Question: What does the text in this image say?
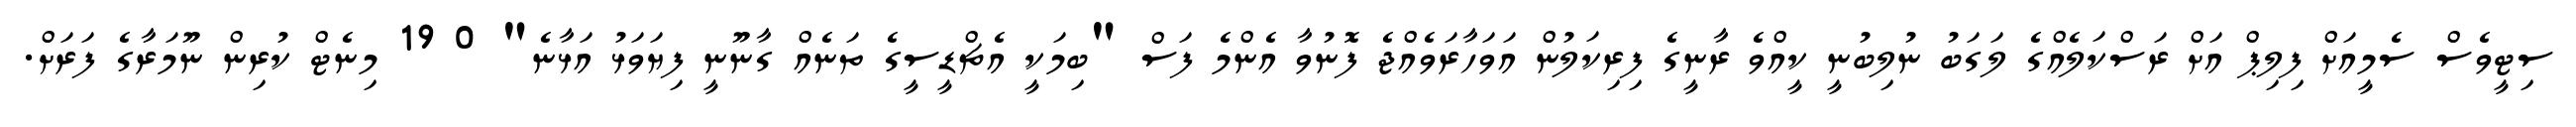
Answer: ސިޓީވެސް ސެމީއަށް ފިލިޕް އަށް ރަސްކަލެއްގެ ލަގަބު ނުލިބުނީ ކީއްވެ ރާނީގެ ފިރިކަލުން އަވަހާރަވެއްޖެ ފޮނުވާ އެންމެ ފަސް "ބިމަކީ އެޗްޑީސީގެ ތަނެއް ގާނޫނީ ފިޔަވަޅު އަޅާނެ" 0 19 މިނެޓް ކުރިން ނޫމަރާގެ ފަރަށް.